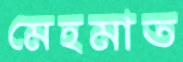
মেহমাত